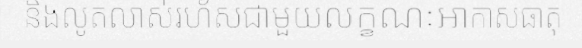
និងលូតលាស់រហ័សជាមួយលក្ខណៈអាកាសធាតុ